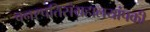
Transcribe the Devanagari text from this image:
वनस्पतिसंग्रहालयांपकी